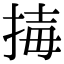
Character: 𢮇